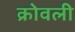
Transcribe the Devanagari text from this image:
क्रोवली